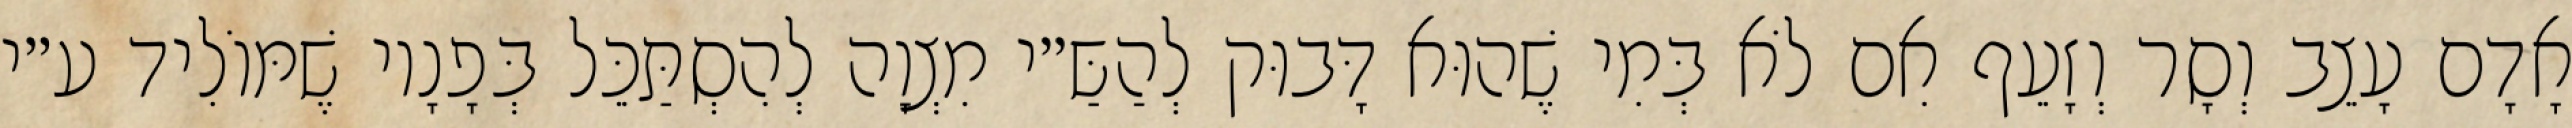
אָדָם עָצֵב וְסָר וְזָעֵף אִם לֹא בְּמִי שֶׁהוּא דָּבוּק לְהַשַּ״י מִצְוָה לְהִסְתַּכֵּל בְּפָנָיו שֶׁמּוֹלִיד ע״י